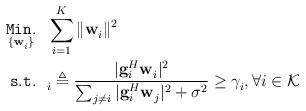
LaTeX: \begin{align*}\mathop{\mathtt{Min.}}\limits_{\{\mathbf{w}^{}_i\}} &~~ \sum_{i=1}^{K}\|\mathbf{w}^{}_i\|^2 \\\mathtt{s.t.}& ~~ ^{}_i \triangleq \frac{|\mathbf{g}_i^{H}\mathbf{w}^{}_i|^2}{\sum_{j \neq i}|\mathbf{g}_i^{H}\mathbf{w}^{}_j|^2 + \sigma^2} \geq \gamma^{}_i, \forall i \in \mathcal{K}\end{align*}